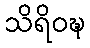
သိရိဝဍ္ဎ